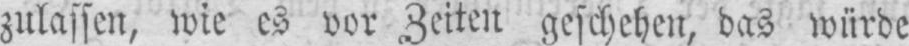
zulassen, wie es vor Zeiten geschehen, das würde